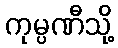
ကုမ္ပဏီသို့